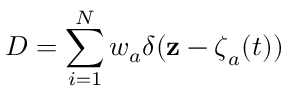
D = \sum _ { i = 1 } ^ { N } w _ { a } \delta ( { \mathbf { z } } - { \boldsymbol { \zeta } } _ { a } ( t ) )